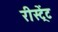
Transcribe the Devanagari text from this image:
रीस्ट्रेंट